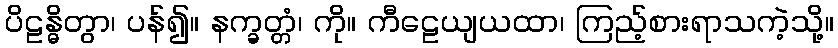
ပိဠန္ဓိတွာ၊ ပန်၍။ နက္ခတ္တံ၊ ကို။ ကီဠေယျယထာ၊ ကြည့်စားရာသကဲ့သို့။